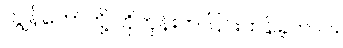
ကျွန်တော်တို့ ဟိုတုန်းက ပြင်းထန်ခဲ့တာပဲ။